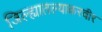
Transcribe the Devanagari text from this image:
जिल्ह्यातल्याकरवीर